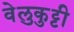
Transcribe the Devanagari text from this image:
वेलुकुट्टी